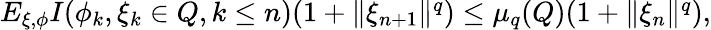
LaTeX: \begin{array}{r}{E_{\xi,\phi}{I(\phi_{k},\xi_{k}\in Q,k\le n)(1+\| \xi_{n+1}\| ^{q})}\le\mu_{q}(Q)(1+\| \xi_{n}\| ^{q}),}\end{array}